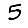
Digit: 5